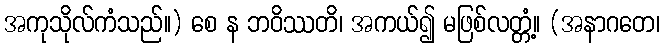
အကုသိုလ်ကံသည်။) စေ န ဘဝိဿတိ၊ အကယ်၍ မဖြစ်လတ္တံ့။ (အနာဂတေ၊